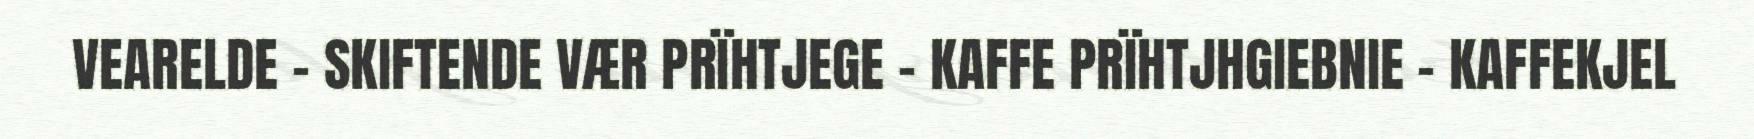
VEARELDE - SKIFTENDE VÆR PRÏHTJEGE – KAFFE PRÏHTJHGIEBNIE - KAFFEKJEL